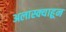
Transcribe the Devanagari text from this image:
अलास्क्याहून